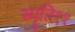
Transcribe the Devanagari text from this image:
स्मृति११